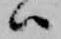
ハ